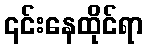
၎င်းနေထိုင်ရာ